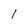
Character: l